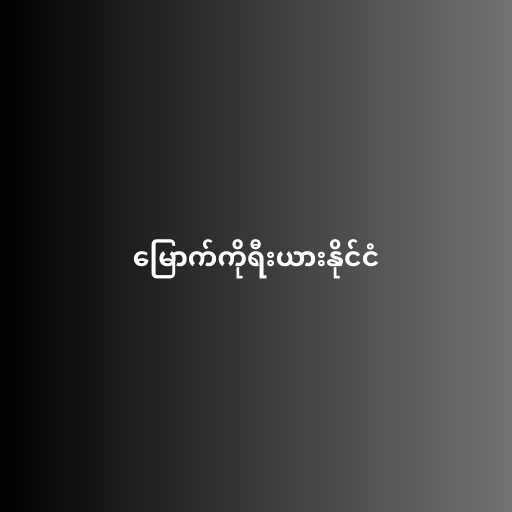
မြောက်ကိုရီးယားနိုင်ငံ